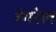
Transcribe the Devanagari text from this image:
रंगरेल